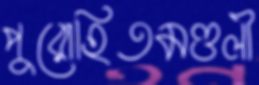
পুরোহিতমণ্ডলী